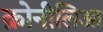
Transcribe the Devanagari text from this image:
क्रोनीलिआ